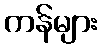
ကန်များ